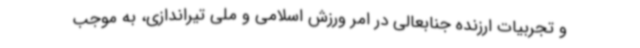
و تجربیات ارزنده جنابعالی در امر ورزش اسلامی و ملی تیراندازی، به موجب